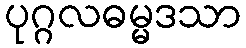
ပုဂ္ဂလဓမ္မဒသာ